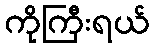
ကိုကြီးရယ်